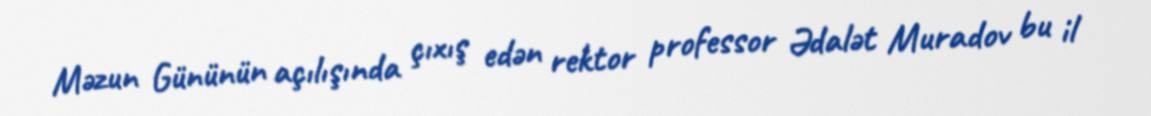
Məzun Gününün açılışında çıxış edən rektor professor Ədalət Muradov bu il